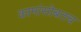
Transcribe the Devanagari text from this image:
कामांसोबतच